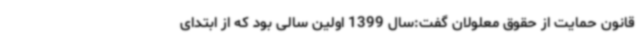
قانون حمایت از حقوق معلولان گفت:سال 1399 اولین سالی بود که از ابتدای